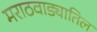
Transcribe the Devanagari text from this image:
मराठवाड्यातिल